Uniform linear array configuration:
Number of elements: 48
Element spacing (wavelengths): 0.5
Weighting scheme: exponential
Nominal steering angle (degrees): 0
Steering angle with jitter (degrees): -0.5086
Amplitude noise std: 0.05
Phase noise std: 0.05

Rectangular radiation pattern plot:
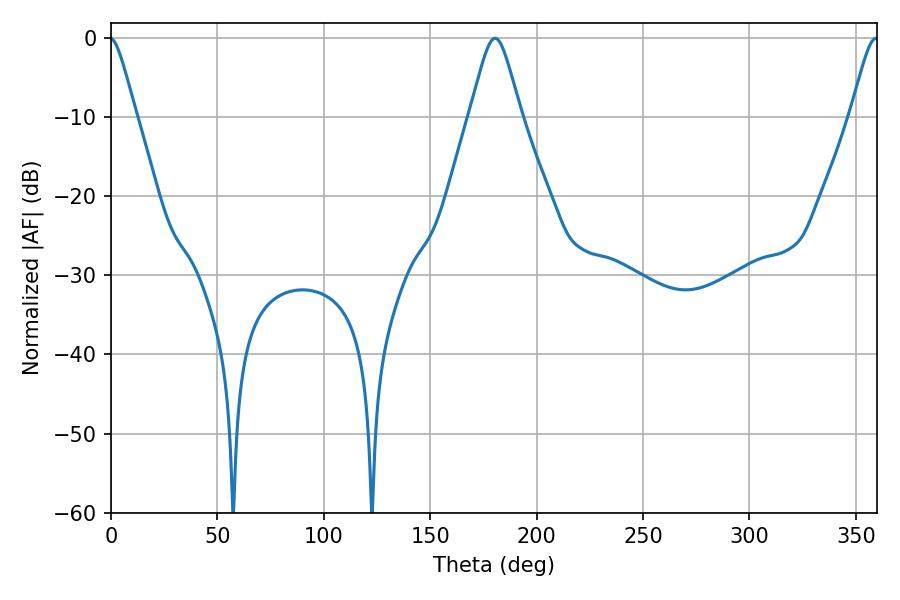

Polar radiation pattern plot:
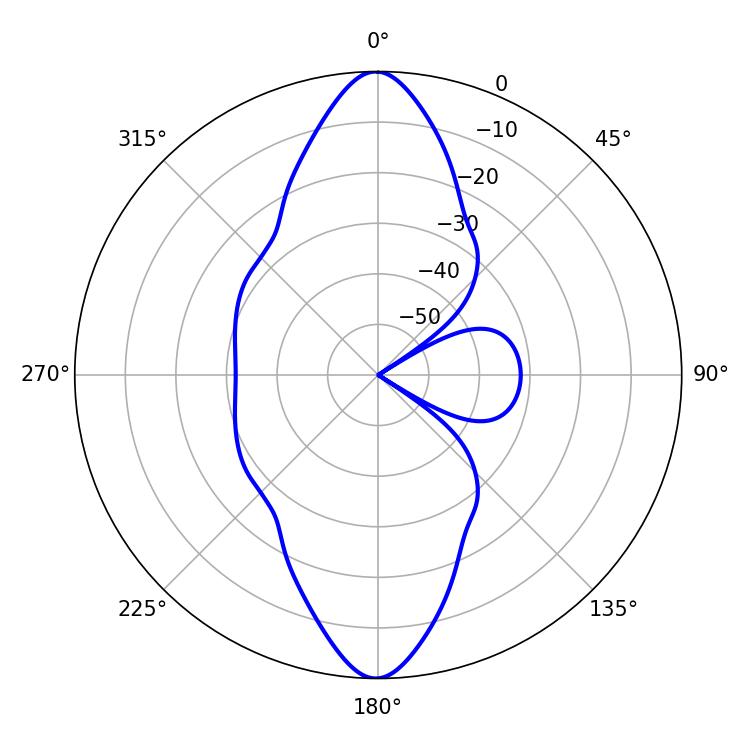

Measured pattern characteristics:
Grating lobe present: FALSE
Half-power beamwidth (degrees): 6.3
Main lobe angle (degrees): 359.46